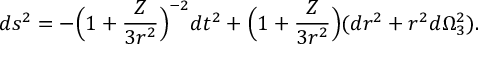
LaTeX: d s ^ { 2 } = - \Big ( 1 + { \frac { Z } { 3 r ^ { 2 } } } \Big ) ^ { - 2 } d t ^ { 2 } + \Big ( 1 + { \frac { Z } { 3 r ^ { 2 } } } \Big ) ( d r ^ { 2 } + r ^ { 2 } d \Omega _ { 3 } ^ { 2 } ) .